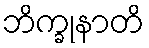
ဘိက္ခုနာတိ